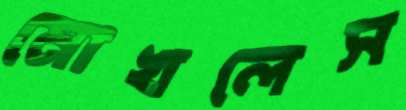
মোখলেস